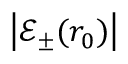
\left| \mathcal { E } _ { \pm } ( r _ { 0 } ) \right|